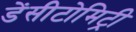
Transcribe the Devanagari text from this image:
डेंसीटोमिट्री